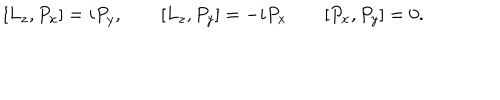
LaTeX: [ L _ { z } , P _ { x } ] = i P _ { y } , \qquad [ L _ { z } , P _ { y } ] = - i P _ { x } \qquad [ P _ { x } , P _ { y } ] = 0 .